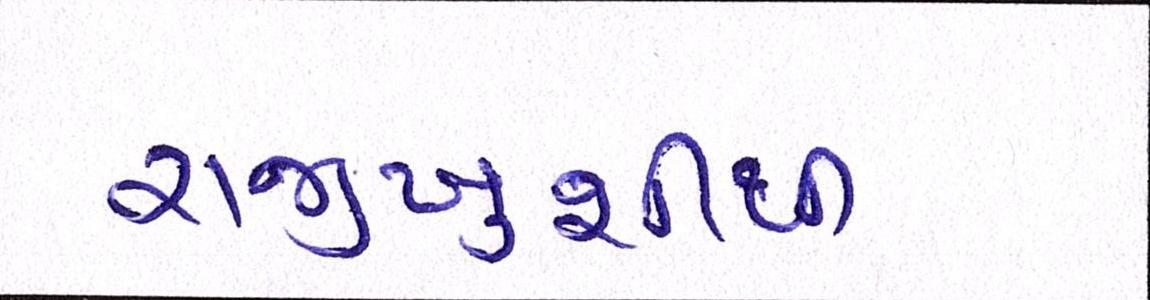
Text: રાજીખુશીથી